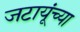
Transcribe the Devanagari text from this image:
जटायूंच्या